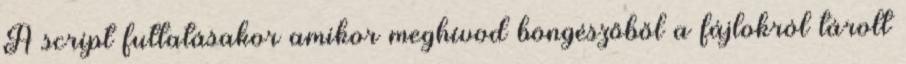
A script futtatásakor amikor meghívod böngészőből a fájlokról tárolt